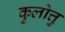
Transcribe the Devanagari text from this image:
कुलोत्तु